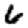
Digit: 6